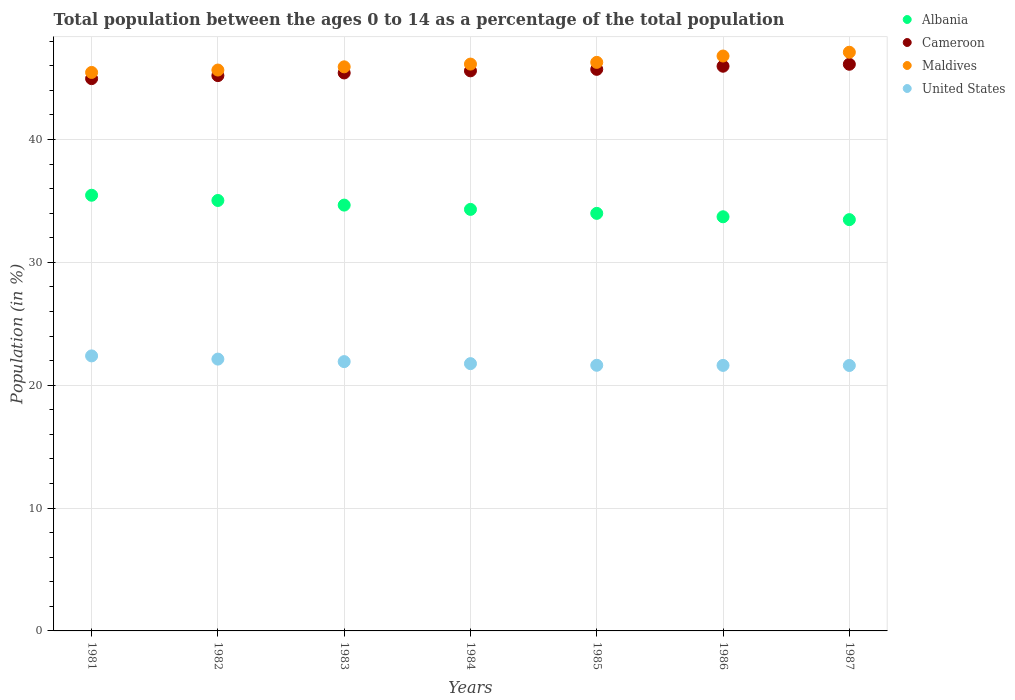
| Years | Albania | Cameroon | Maldives | United States |
 | --- | --- | --- | --- | --- |
 | 1981 | 35.5 | 45 | 45.5 | 22.4 |
 | 1982 | 35 | 45.2 | 45.7 | 22.1 |
 | 1983 | 34.7 | 45.4 | 45.9 | 21.9 |
 | 1984 | 34.3 | 45.6 | 46.1 | 21.8 |
 | 1985 | 34 | 45.7 | 46.3 | 21.6 |
 | 1986 | 33.7 | 46 | 46.8 | 21.6 |
 | 1987 | 33.5 | 46.1 | 47.1 | 21.6 |